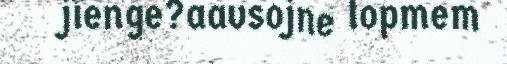
jïenge?aavsojne lopmem